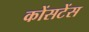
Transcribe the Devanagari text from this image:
कोंसटेंस